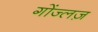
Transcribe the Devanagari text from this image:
गोंज्लज़